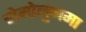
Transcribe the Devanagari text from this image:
चोमोलुंगमा